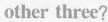
other three?